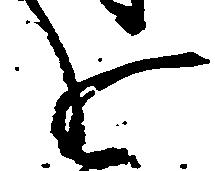
を